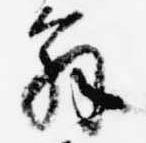
解